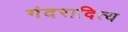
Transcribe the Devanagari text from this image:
गंदरादित्य